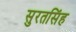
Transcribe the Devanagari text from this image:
सुरतसिंह